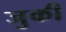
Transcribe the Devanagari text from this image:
जुकी